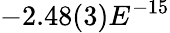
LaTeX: -2.48(3)E^{-15}